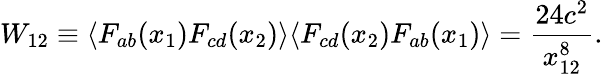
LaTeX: W_{12}\equiv\langle F_{ab}(x_{1})F_{cd}(x_{2})\rangle\langle F_{cd}(x_{2})F_{ab}(x_{1})\rangle=\frac{24c^{2}}{x_{12}^{8}}.